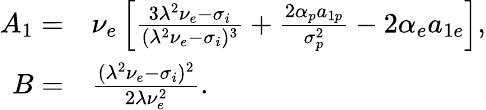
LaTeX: \begin{array}{rl}{A_{1}=}&{{}\nu_{e}\left[\frac{3\lambda^{2}\nu_{e}-\sigma_{i}}{(\lambda^{2}\nu_{e}-\sigma_{i})^{3}}+\frac{2\alpha_{p}a_{1p}}{\sigma_{p}^{2}}-2\alpha_{e}a_{1e}\right],}\\ {B=}&{{}\frac{(\lambda^{2}\nu_{e}-\sigma_{i})^{2}}{2\lambda\nu_{e}^{2}}.}\end{array}